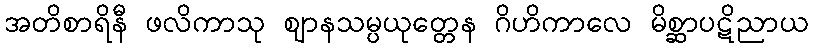
အတိစာရိနီ ဖလိကာသု ဈာနသမ္ပယုတ္တေန ဂိဟိကာလေ မိစ္ဆာပဋိညာယ